Vaccination North-Western Provinces 1866-1877 - 1866-1877
Year: 1866
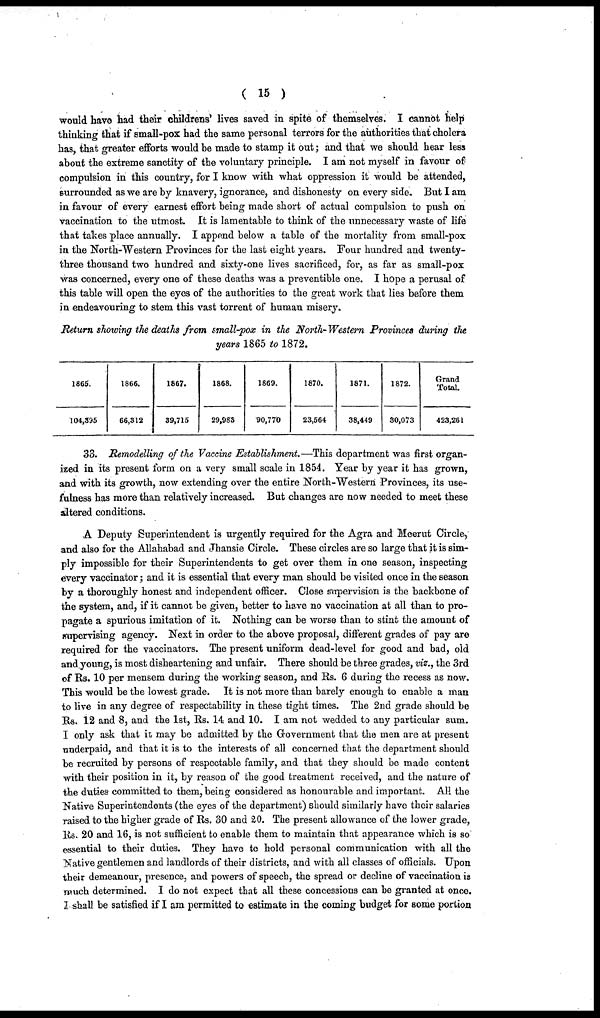
( 15 )
would have had their childrens' lives saved in spite of themselves. I cannot help
thinking that if small-pox had the same personal terrors for the authorities that cholera
has, that greater efforts would be made to stamp it out; and that we should hear less
about the extreme sanctity of the voluntary principle. I am not myself in favour of
compulsion in this country, for I know with what oppression it would be attended,
surrounded as we are by knavery, ignorance, and dishonesty on every side. But I am
in favour of every earnest effort being made short of actual compulsion to push on
vaccination to the utmost. It is lamentable to think of the unnecessary waste of life
that takes place annually. I append below a table of the mortality from small-pox
in the North-Western Provinces for the last eight years. Four hundred and twenty-
three thousand two hundred and sixty-one lives sacrificed, for, as far as small-pox
was concerned, every one of these deaths was a preventible one. I hope a perusal of
this table will open the eyes of the authorities to the great work that lies before them
in endeavouring to stem this vast torrent of human misery.
Return showing the deaths from small-pox in the North-Western Provinces during the
years 1865 to 1872.
1865.
104,395
1866.
66,312
1867.
39,715
1868.
29,983
1869.
90,770
1870.
23,564
1871.
38,449
1872.
30,073
Grand
Total.
423,261
33. Remodelling of the Vaccine Establishment.—This department was first organ-
ized in its present form on a very small scale in 1854. Year by year it has grown,
and with its growth, now extending over the entire North-Western Provinces, its use-
fulness has more than relatively increased. But changes are now needed to meet these
altered conditions.
A Deputy Superintendent is urgently required for the Agra and Meerut Circle,
and also for the Allahabad and Jhansie Circle. These circles are so large that it is sim-
ply impossible for their Superintendents to get over them in one season, inspecting
every vaccinator; and it is essential that every man should be visited once in the season
by a thoroughly honest and independent officer. Close supervision is the backbone of
the system, and, if it cannot be given, better to have no vaccination at all than to pro-
pagate a spurious imitation of it. Nothing can be worse than to stint the amount of
supervising agency. Next in order to the above proposal, different grades of pay are
required for the vaccinators. The present uniform dead-level for good and bad, old
and young, is most disheartening and unfair. There should be three grades, viz., the 3rd
of Rs. 10 per mensem during the working season, and Rs. 6 during the recess as now.
This would be the lowest grade. It is not more than barely enough to enable a man
to live in any degree of respectability in these tight times. The 2nd grade should be
Rs. 12 and 8, and the 1st, Rs. 14 and 10. I am not wedded to any particular sum.
I only ask that it may be admitted by the Government that the men are at present
underpaid, and that it is to the interests of all concerned that the department should
be recruited by persons of respectable family, and that they should be made content
with their position in it, by reason of the good treatment received, and the nature of
the duties committed to them, being considered as honourable and important. All the
Native Superintendents (the eyes of the department) should similarly have their salaries
raised to the higher grade of Rs. 30 and 20. The present allowance of the lower grade,
Rs. 20 and 16, is not sufficient to enable them to maintain that appearance which is so
essential to their duties. They have to hold personal communication with all the
Native gentlemen and landlords of their districts, and with all classes of officials. Upon
their demeanour, presence, and powers of speech, the spread or decline of vaccination is
much determined. I do not expect that all these concessions can be granted at once.
I shall be satisfied if I am permitted to estimate in the coming budget for some portion